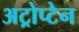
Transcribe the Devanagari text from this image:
अट्रोप्टेन